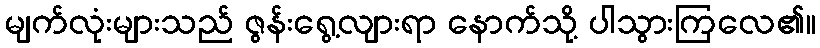
မျက်လုံးများသည် ဇွန်းရွေ့လျားရာ နောက်သို့ ပါသွားကြလေ၏။